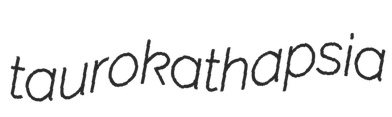
taurokathapsia